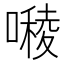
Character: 𭋓